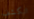
انكشف